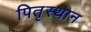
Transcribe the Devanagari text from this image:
पितृस्थान